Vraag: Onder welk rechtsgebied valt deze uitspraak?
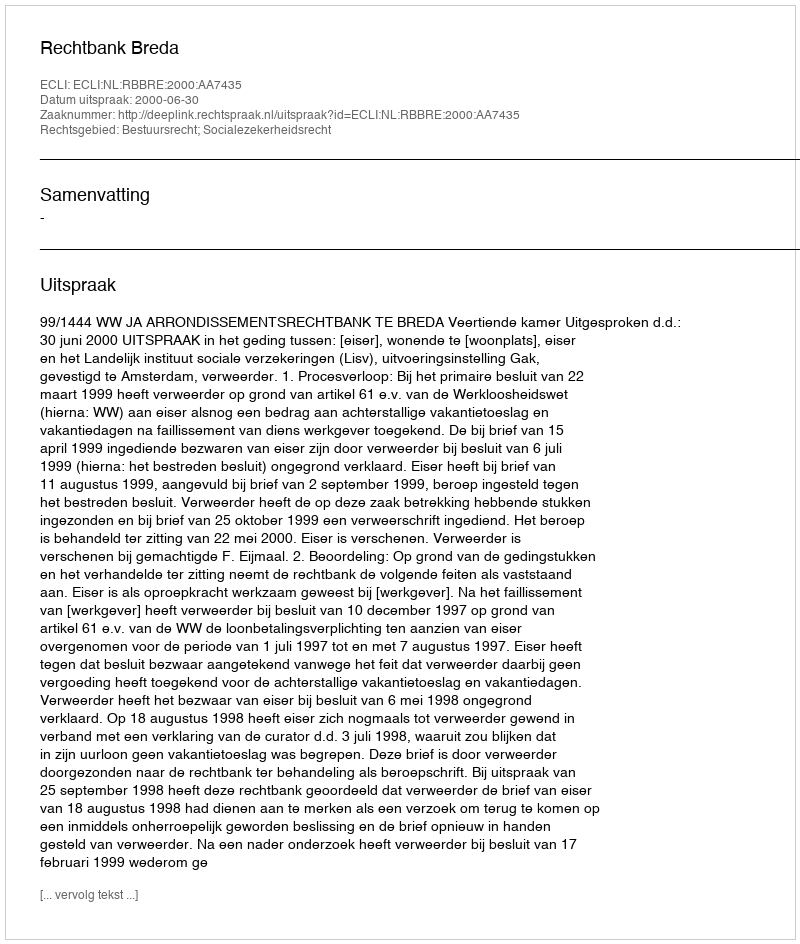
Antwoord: Bestuursrecht; Socialezekerheidsrecht